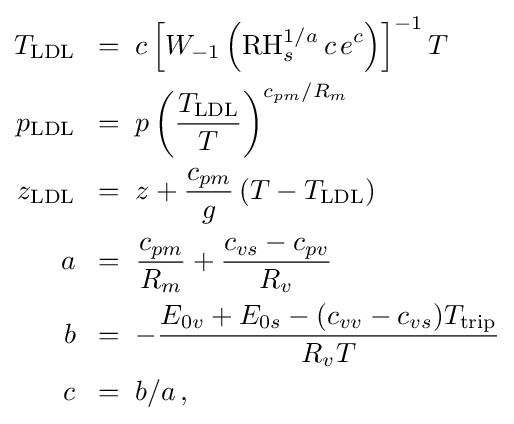
{\begin{alignedat}{1}T_{\text{LDL}}&\;\;=\;c\left[W_{-1}\left({\text{RH}}_{s}^{1/a}\,c\,e^{c}\right)\right]^{-1}T\\p_{\text{LDL}}&\;\;=\;p\left({\frac {T_{\text{LDL}}}{T}}\right)^{c_{pm}/R_{m}}\\z_{\text{LDL}}&\;\;=\;z+{\frac {c_{pm}}{g}}\left(T-T_{\text{LDL}}\right)\\a&\;\;=\;{\frac {c_{pm}}{R_{m}}}+{\frac {c_{vs}-c_{pv}}{R_{v}}}\\b&\;\;=\;-{\frac {E_{0v}+E_{0s}-(c_{vv}-c_{vs})T_{\text{trip}}}{R_{v}T}}\\c&\;\;=\;b/a\,,\end{alignedat}}